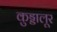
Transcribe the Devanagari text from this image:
कुड्डालूर